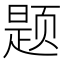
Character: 题